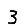
Digit: 3